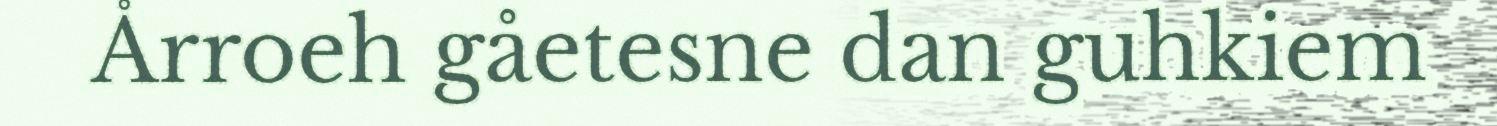
Årroeh gåetesne dan guhkiem